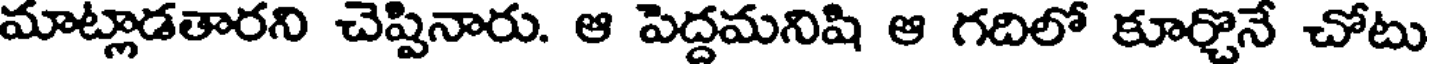
మాట్లాడతారని చెప్పినారు. ఆ పెద్దమనిషి ఆ గదిలో కూర్చొనే చోటు